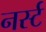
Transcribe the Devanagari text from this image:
नर्स्ट